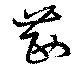
茜